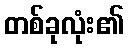
တစ်ခုလုံး၏